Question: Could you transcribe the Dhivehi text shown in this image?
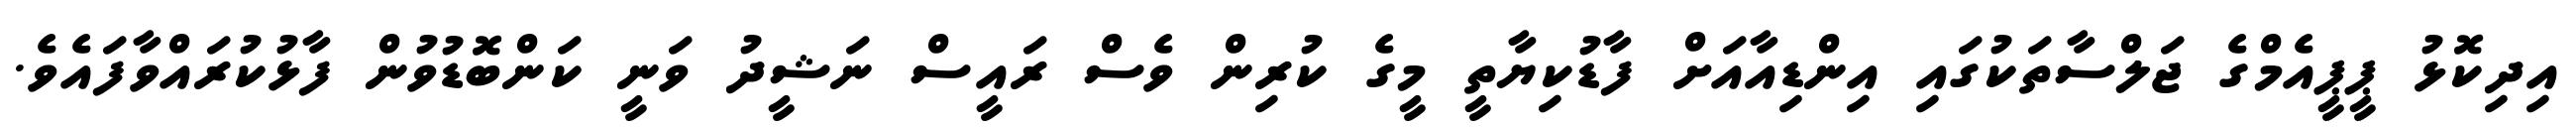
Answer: އިދިކޮޅު ޕީޕީއެމްގެ ޖަލްސާތަކުގައި އިންޑިއާއަށް ފާޑުކިޔާތީ މީގެ ކުރިން ވެސް ރައީސް ނަޝީދު ވަނީ ކަންބޮޑުވުން ފާޅުކުރައްވާފައެވެ.